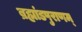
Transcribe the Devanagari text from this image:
ब्रह्मांडपुराणम्